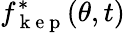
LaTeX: f_{\mathrm{~k~e~p~}}^{*}(\theta,t)